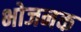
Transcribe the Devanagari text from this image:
भोजनक